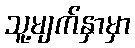
သူ့မျက်နှာမှာ